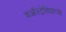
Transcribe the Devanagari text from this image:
वऑस्ट्रेलियाच्या